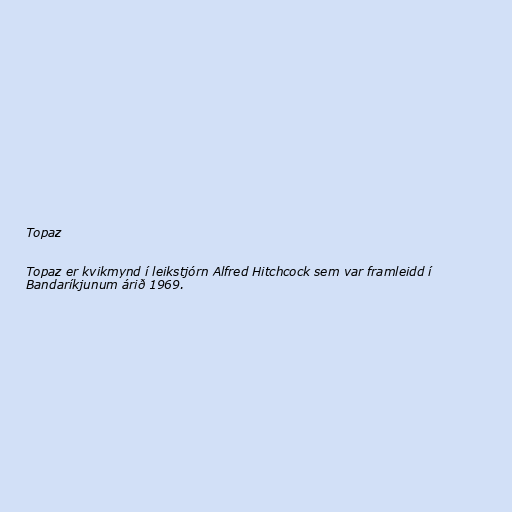
Topaz

Topaz er kvikmynd í leikstjórn Alfred Hitchcock sem var framleidd í
Bandaríkjunum árið 1969.